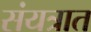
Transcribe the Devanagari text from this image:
संयत्रात